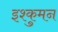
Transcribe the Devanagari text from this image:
इश्कुमन